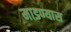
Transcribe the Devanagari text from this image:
माडण्यास